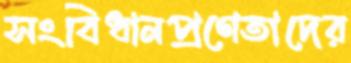
সংবিধানপ্রণেতাদের